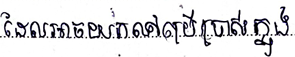
ដែលអាចយកទៅប្រើប្រាស់ក្នុង